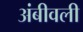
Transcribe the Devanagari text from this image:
अंबीवली